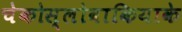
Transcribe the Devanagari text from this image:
चेकोस्लोवाकियाके